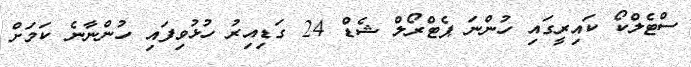
ސްޓެލްކޯ ކައިރީގައި ހުންނަ ޕެޓްރޯލް ޝެޑް 24 ގަޑިއިރު ހުޅުވިފައި ހުންނާނެ ކަމަށް